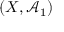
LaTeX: ( X , { \mathcal { A } } _ { 1 } )